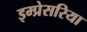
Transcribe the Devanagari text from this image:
इम्प्रेसरिया